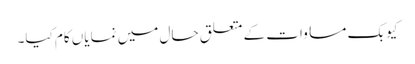
کیوبک مساوات کے متعلق حال میں نمایاں کام کیا۔